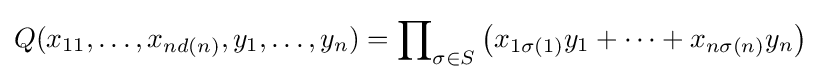
Q(x_{11},\ldots ,x_{nd(n)},y_{1},\dots ,y_{n})=\prod \nolimits _{\sigma \in S}\left(x_{1\sigma (1)}y_{1}+\dots +x_{n\sigma (n)}y_{n}\right)